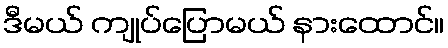
ဒီမယ် ကျုပ်ပြောမယ် နားထောင်။